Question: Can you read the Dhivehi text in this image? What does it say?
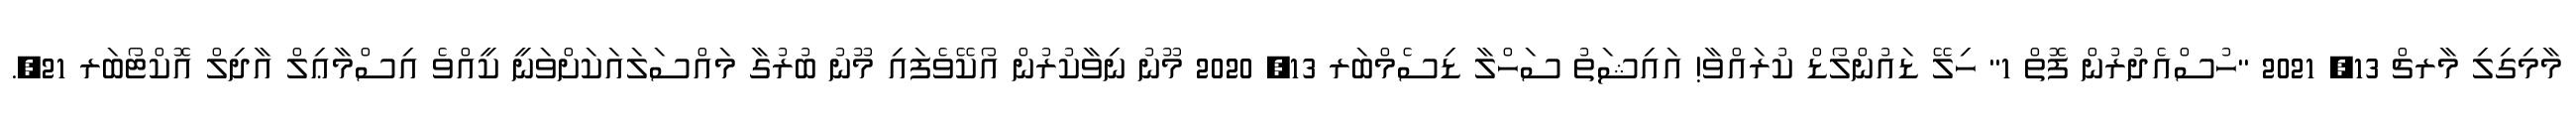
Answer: މާމިގިލި މާރޗް 13, 2021 "ހުސްއެދުރުން ފޮތް 1" ހިލޭ ޑައުންލޯޑް ކުރައްވާ! އައިޝަތު ސަހްލާ ޑިސެމްބަރ 13, 2020 މޫނު ނިވާކުރުން އޯކޭވެފައި މޫނު ބުރުގާ މައްސަލައަކަށްވަނީ ކީއްވެ އިސްމާޢިލް އާދިލް އޮކްޓޯބަރ 21,.